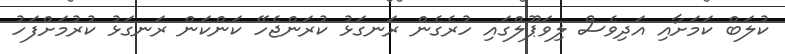
ކުލަބް ކަމަށާއި އަދިވެސް ލިވަޕޫލްގައި ހުރެގެން ރަނގަޅު ކުރަންޖެހޭ ކަންކަން ރަނގަޅު ކުރުމަށްފަހު